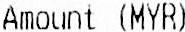
AMOUNT (MYR)